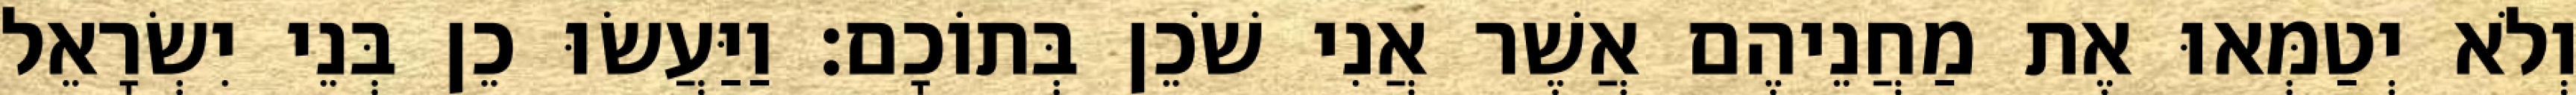
וְלֹא יְטַמְּאוּ אֶת מַחֲנֵיהֶם אֲשֶׁר אֲנִי שֹׁכֵן בְּתוֹכָם׃ וַיַּעֲשׂוּ כֵן בְּנֵי יִשְׂרָאֵל